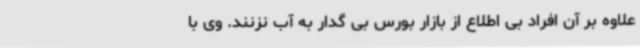
علاوه بر آن افراد بی اطلاع از بازار بورس بی گدار به آب نزنند. وی با